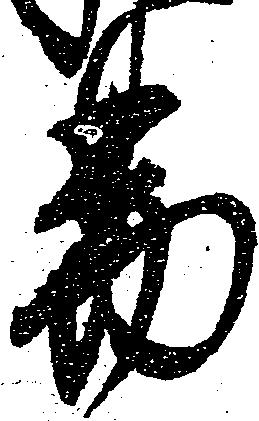
易